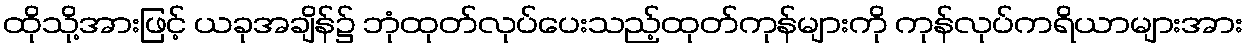
ထိုသို့အားဖြင့် ယခုအချိန်၌ ဘုံထုတ်လုပ်ပေးသည့်ထုတ်ကုန်များကို ကုန်လုပ်ကရိယာများအား